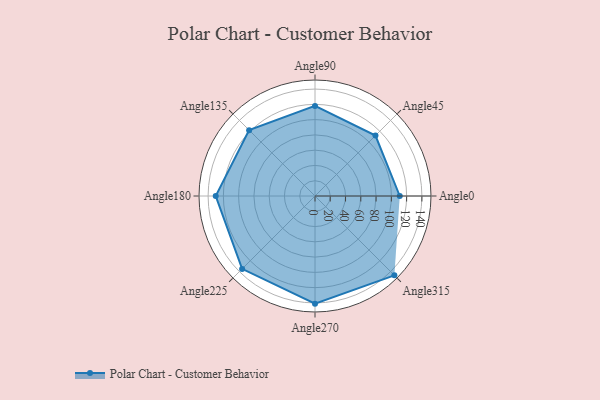
{"axis": {"x": "Angle", "y": "Radius"}, "legend": [""], "data": [{"x": "Angle0", "y": 111.0, "type": ""}, {"x": "Angle45", "y": 112.0, "type": ""}, {"x": "Angle90", "y": 118.0, "type": ""}, {"x": "Angle135", "y": 122.0, "type": ""}, {"x": "Angle180", "y": 130.0, "type": ""}, {"x": "Angle225", "y": 135.0, "type": ""}, {"x": "Angle270", "y": 141.0, "type": ""}, {"x": "Angle315", "y": 147.0, "type": ""}]}